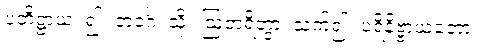
ပတိဋ္ဌာယ၊ ၍။ ဘဝင်္ဂံ၊ သို့။ ဩတရိတွာ၊ သက်၍။ ပရိနိဗ္ဗာယတော၊